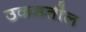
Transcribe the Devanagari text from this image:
उकडतील